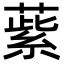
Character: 䔝